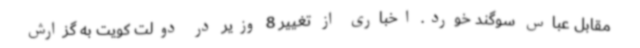
مقابل عباس سوگند خورد. اخباری از تغییر 8 وزیر در دولت کویت به گزارش